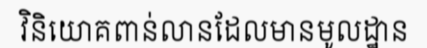
វិនិយោគពាន់លានដែលមានមូលដ្ឋាន